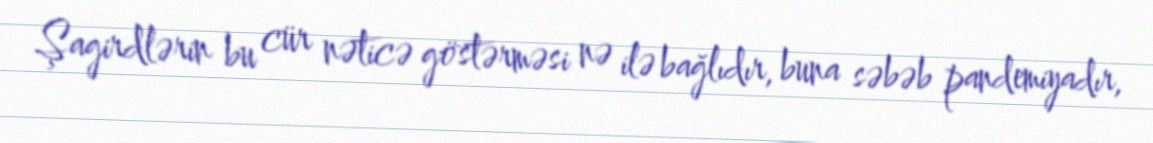
Şagirdlərin bu cür nəticə göstərməsi nə ilə bağlıdır, buna səbəb pandemiyadır,